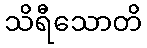
သိရီသောတိ